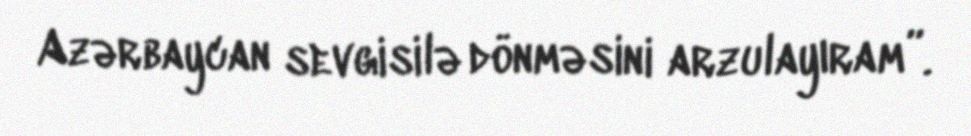
Azərbaycan sevgisilə dönməsini arzulayıram”.